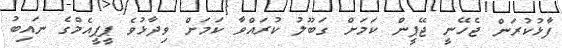
ފާޅުކުރަން ޖެހޭނީ ޖޭޕީން ކަމަށް ގަބޫލު ކުރައްވާ ކަމަށް ވިދާޅުވެ ޕީޕީއެމްގެ ނައިބު